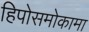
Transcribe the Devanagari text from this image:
हिपोसमोकामा